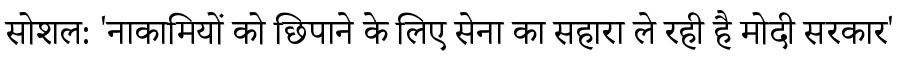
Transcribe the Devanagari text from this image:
सोशल: 'नाकामियों को छिपाने के लिए सेना का सहारा ले रही है मोदी सरकार'